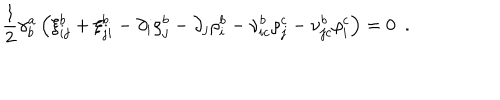
{ \frac { 1 } { 2 } } \gamma _ { b } ^ { a } \left( \xi _ { i j } ^ { b } + \xi _ { j i } ^ { b } - \partial _ { i } \rho _ { j } ^ { b } - \partial _ { j } \rho _ { i } ^ { b } - \nu _ { i c } ^ { b } \rho _ { j } ^ { c } - \nu _ { j c } ^ { b } \rho _ { i } ^ { c } \right) = 0 \, \, \, .